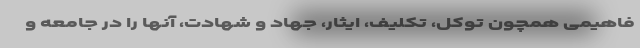
فاهیمی همچون توکل، تکلیف، ایثار، جهاد و شهادت، آنها را در جامعه و